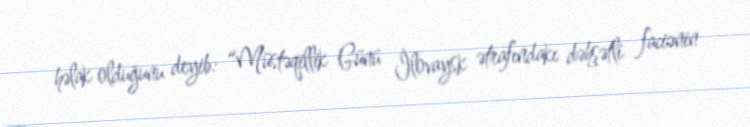
həlak olduğunu deyib: “Müstəqillik Günü İlovaysk ətrafındakı dəhşətli faciənin